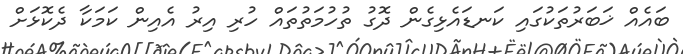
ބައެއް ޚަބަރުތަކުގައި ކަނޑައެޅިގެން ދޮގު ތުހުމަތުތައް ހުރި އިރު އެއިން ކަމަކާ ދެކޮޅަށް